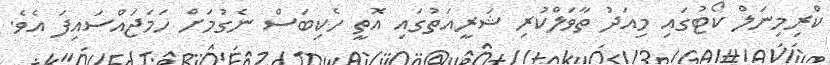
ކްރިމިނަލް ކޯޓުގައި މިއަދު ތާވަލްކުރި ޝަރީއަތުގައި އޮތީ ހެކިބަސް ނެގުމަށް ހަމަޖައްސައިފަ އެވެ.